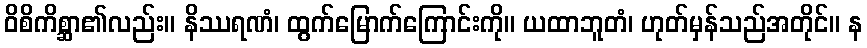
ဝိစိကိစ္ဆာ၏လည်း။ နိဿရဏံ၊ ထွက်မြောက်ကြောင်းကို။ ယထာဘူတံ၊ ဟုတ်မှန်သည်အတိုင်။ န